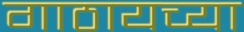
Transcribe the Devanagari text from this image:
गाठायच्या